Sketch of the medical history of the native army of Bombay, for the year
Year: 1876
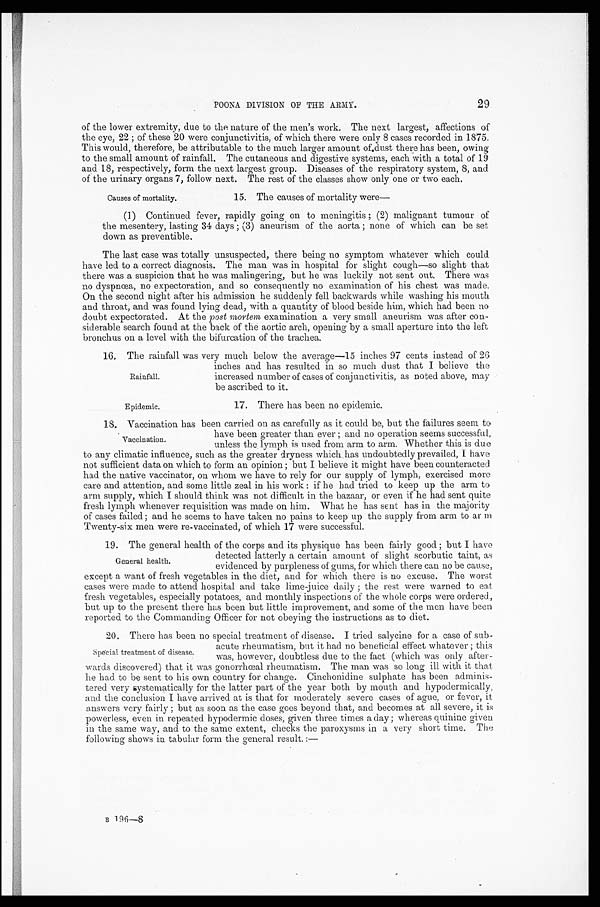
Epidemic.
17. There has been no epidemic.
29
POONA DIVISION OF THE ARMY.
of the lower extremity, due to the nature of the men's work. The next largest, affections of
the eye, 22; of these 20 were conjunctivitis, of which there were only 8 cases recorded in 1875.
This would, therefore, be attributable to the much larger amount of dust there has been, owing
to the small amount of rainfall. The cutaneous and digestive systems, each with a total of 19
and 18, respectively, form the next largest group. Diseases of the respiratory system, 8, and
of the urinary organs 7, follow next. The rest of the classes show only one or two each.
Causes of mortality.
15. The causes of mortality were—
(1) Continued fever, rapidly going on to meningitis; (2) malignant tumour of
the mesentery, lasting 34 days; (3) aneurism of the aorta; none of which can be set
down as preventible.
The last case was totally unsuspected, there being no symptom whatever which could
have led to a correct diagnosis. The man was in hospital for slight cough—so slight that
there was a suspicion that he was malingering, but he was luckily not sent out. There was
no dyspnœa, no expectoration, and so consequently no examination of his chest was made.
On the second night after his admission he suddenly fell backwards while washing his mouth
and throat, and was found lying dead, with a quantity of blood beside him, which had been no
doubt expectorated. At the post mortem examination a very small aneurism was after con
-siderable search found at the back of the aortic arch, opening by a small aperture into the left
bronchus on a level with the bifurcation of the trachea.
16. The rainfall was very much below the average—15 inches 97 cents instead of 26
inches and has resulted in so much dust that I believe the
increased number of cases of conjunctivitis, as noted above, may
be ascribed to it.
Rainfall.
18. Vaccination has been carried on as carefully as it could be, but the failures seem to
have been greater than ever; and no operation seems successful,
unless the lymph is used from arm to arm. Whether this is due
to any climatic influence, such as the greater dryness which has undoubtedly prevailed, I have
not sufficient data on which to form an opinion; but I believe it might have been counteracted
had the native vaccinator, on whom we have to rely for our supply of lymph, exercised more
care and attention, and some little zeal in his work: if he had tried to keep up the arm to
arm supply, which I should think was not difficult in the bazaar, or even if he had sent quite
fresh lymph whenever requisition was made on him. What he has sent has in the majority
of cases failed; and he seems to have taken no pains to keep up the supply from arm to ar
m T w e n t y - s i x m e n w e r e r e - v a c c i n a t e d , o f w h i c h 1 7 w e r e s u c c e s s f u l .
19. The general health of the corps and its physique has been fairly good; but I have
detected latterly a certain amount of slight scorbutic taint, as
evidenced by purpleness of gums, for which there can no be cause,
except a want of fresh vegetables in the diet, and for which there is no excuse. The worst
cases were made to attend hospital and take lime-juice daily; the rest were warned to eat
fresh vegetables, especially potatoes, and monthly inspections of the whole corps were ordered.,
but up to the present there has been but little improvement, and some of the men have been
reported to the Commanding Officer for not obeying the instructions as to diet.
20. There has been no special treatment of disease. I tried salycine for a case of sub
-acute rheumatism, but it had no beneficial effect whatever; this
was, however, doubtless due to the fact (which was only after
-wards discovered) that it was gonorrhœal rheumatism. The man was so long ill with it that
he had to be sent to his own country for change. Cinchonidine sulphate has been adminis
-tered very systematically for the latter part of the year both by mouth and hypodermically,
and the conclusion I have arrived at is that for moderately severe cases of ague, or fever, it
answers very fairly; but as soon as the case goes beyond that, and becomes at all severe, it is
powerless, even in repeated hypodermic doses, given three times a day; whereas quinine given
in the same way, and to the same extent, checks the paroxysms in a very short time. The
following shows in tabular form the general result.:—
B 1 9 6 — 8
Vaccination.
General health.
Special treatment of disease.